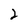
Character: 2